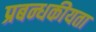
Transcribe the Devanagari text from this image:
प्रबन्धकीयता